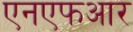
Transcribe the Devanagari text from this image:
एनएफआर